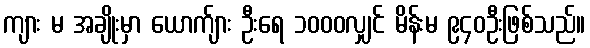
ကျား မ အချိုးမှာ ယောက်ျား ဦးရေ ၁၀၀၀လျှင် မိန်းမ ၉၄၀ဦးဖြစ်သည်။